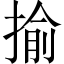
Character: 揄